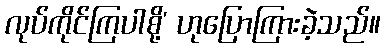
လုပ်ကိုင်ကြပါစို့’ ဟုပြောကြားခဲ့သည်။